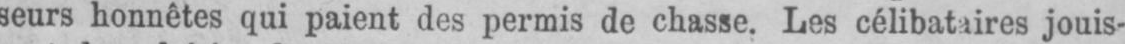
jouis-